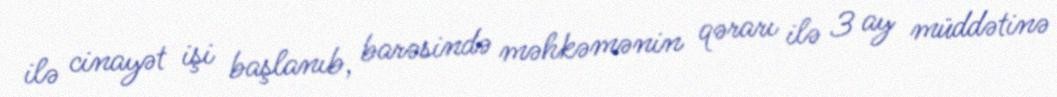
ilə cinayət işi başlanıb, barəsində məhkəmənin qərarı ilə 3 ay müddətinə